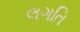
લગતિ